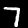
Label: 7